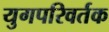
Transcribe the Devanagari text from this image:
युगपरिवर्तक